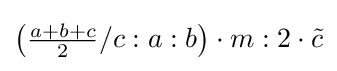
\left({\tfrac {a+b+c}{2}}/c:a:b\right)\cdot m:2\cdot {\tilde {c}}